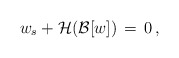
\begin{align*}w_s + {\mathcal H}( {\mathcal B}[w]) \,=\,0\,,\end{align*}